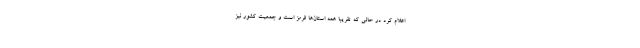
اعلام کرد در حالی که تقریبا همه استان‌ها قرمز است و جمعیت کشور نیز